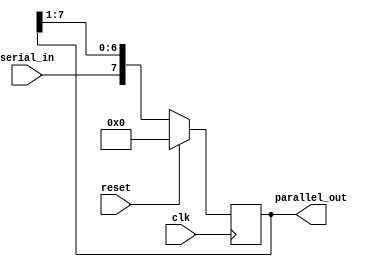
module serial_in_parallel_out(
    input wire clk,
    input wire reset,
    input wire serial_in,
    output reg [7:0] parallel_out
);

reg [7:0] shift_reg;

always @(posedge clk) begin
    if (reset) begin
        shift_reg <= 8'b0;
    end else begin
        shift_reg <= {serial_in, shift_reg[7:1]};
    end
end

assign parallel_out = shift_reg;

endmodule